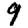
Digit: 9